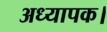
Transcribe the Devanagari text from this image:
अध्यापक।